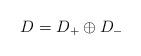
LaTeX: \begin{align*} D = D_+ \oplus D_-\end{align*}